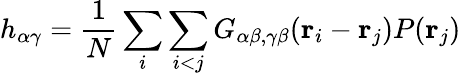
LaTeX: h_{\alpha\gamma}=\frac{1}{N}\sum_{i}\sum_{i<j}G_{\alpha\beta,\gamma\beta}({\mathbf r}_{i}-{\mathbf r}_{j})P({\mathbf r}_{j})